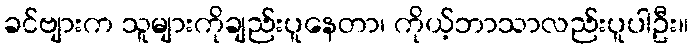
ခင်ဗျားက သူများကိုချည်းပူနေတာ၊ ကိုယ့်ဘာသာလည်းပူပါဦး။